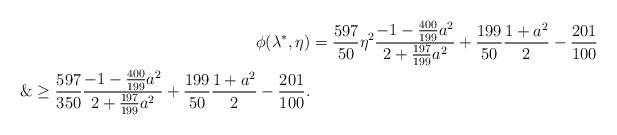
LaTeX: \begin{align*}\phi(\lambda^*, \eta) &= \frac{597}{50}\eta^2 \frac{-1-\frac{400}{199}a^2}{2+\frac{197}{199}a^2}+\frac{199}{50}\frac{1+a^2}{2}-\frac{201}{100}\\\&\ge \frac{597}{350} \frac{-1-\frac{400}{199}a^2}{2+\frac{197}{199}a^2}+\frac{199}{50}\frac{1+a^2}{2}-\frac{201}{100}.\end{align*}